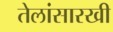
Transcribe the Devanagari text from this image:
तेलांसारखी